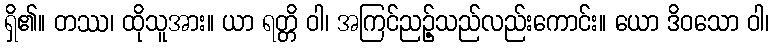
ရှိ၏။ တဿ၊ ထိုသူအား။ ယာ ရတ္တိ ဝါ၊ အကြင်ညဉ့်သည်လည်းကောင်း။ ယော ဒိဝသော ဝါ၊